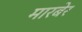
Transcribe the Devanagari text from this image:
मारबेर